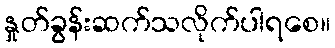
နှုတ်ခွန်းဆက်သလိုက်ပါရစေ။